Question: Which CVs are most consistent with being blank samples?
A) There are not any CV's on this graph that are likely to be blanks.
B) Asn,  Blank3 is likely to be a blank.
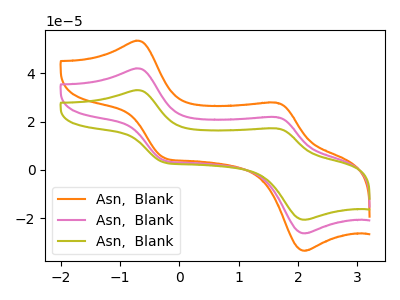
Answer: <think>The orange curve "Asn,  Blank1" has anodic peaks at (-0.75V, 84.15uA) (1.65V, 43.80uA) and cathodic peaks at (-0.25V, 7.80uA) (2.10V, -52.65uA). The pink curve "Asn,  Blank2" has anodic peaks at (-0.75V, 42.10uA) (1.65V, 21.90uA) and cathodic peaks at (-0.25V, 3.90uA) (2.10V, -26.35uA). The olive curve "Asn,  Blank3" has anodic peaks at (-0.75V, 33.05uA) (1.65V, 17.20uA) and cathodic peaks at (-0.25V, 3.05uA) (2.10V, -20.70uA).</think>
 <answer>A) There are not any CV's on this graph that are likely to be blanks.</answer>
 <eval>A</eval>